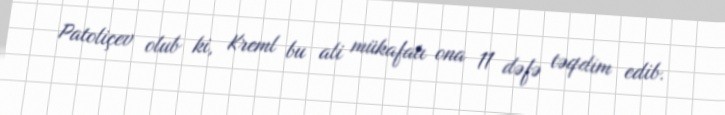
Patoliçev olub ki, Kreml bu ali mükafatı ona 11 dəfə təqdim edib.